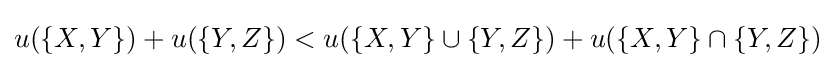
u(\{X,Y\})+u(\{Y,Z\})<u(\{X,Y\}\cup \{Y,Z\})+u(\{X,Y\}\cap \{Y,Z\})